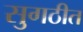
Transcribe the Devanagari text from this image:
सुगठीत